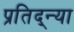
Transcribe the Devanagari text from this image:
प्रतिद्न्या